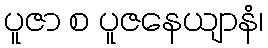
ပူဇာ စ ပူဇနေယျာနံ၊